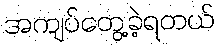
အကျပ်တွေ့ခဲ့ရတယ်